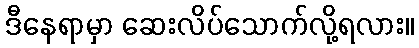
ဒီနေရာမှာ ဆေးလိပ်သောက်လို့ရလား။